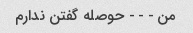
من - - - حوصله گفتن ندارم